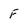
Character: F